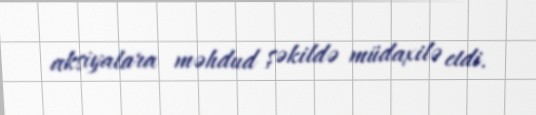
aksiyalara məhdud şəkildə müdaxilə etdi.